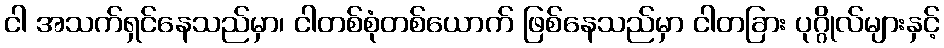
ငါ အသက်ရှင်နေသည်မှာ၊ ငါတစ်စုံတစ်ယောက် ဖြစ်နေသည်မှာ ငါတခြား ပုဂ္ဂိုလ်များနှင့်